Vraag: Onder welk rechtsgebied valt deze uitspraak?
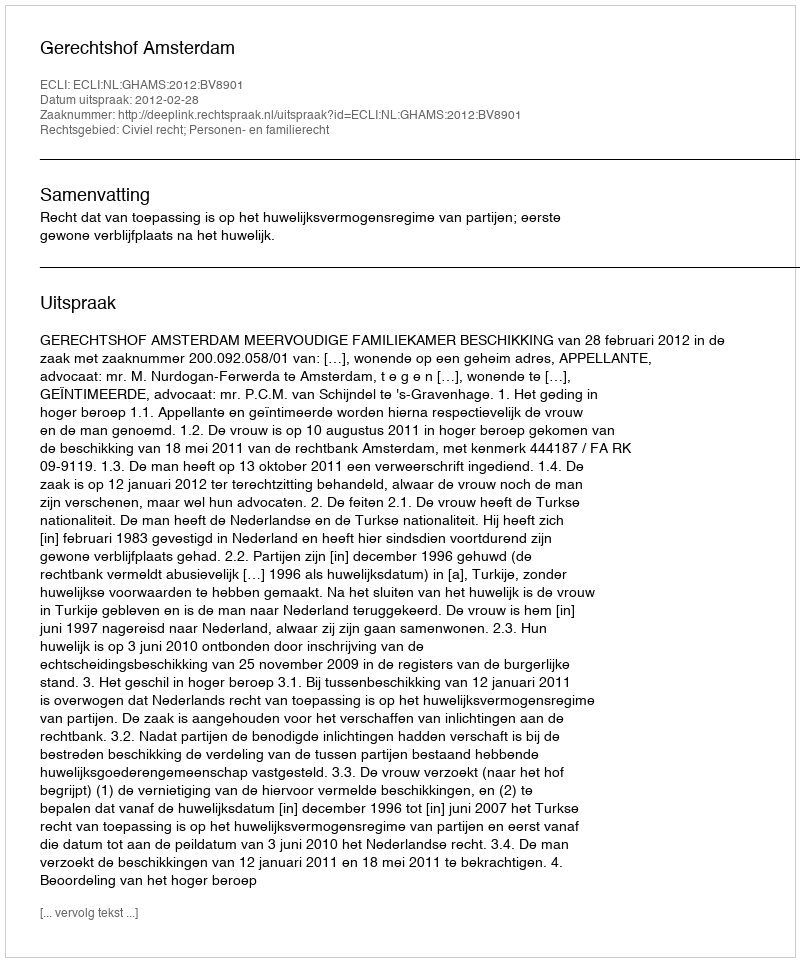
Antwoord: Civiel recht; Personen- en familierecht